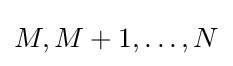
M,M+1,\dots ,N